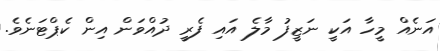
އަނެއް މީހާ އަކީ ނަޒީފު މާލެ އައި ފެރީ ދުއްވަން އިން ކެޕްޓަނެވެ.